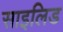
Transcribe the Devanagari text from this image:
साइलिड